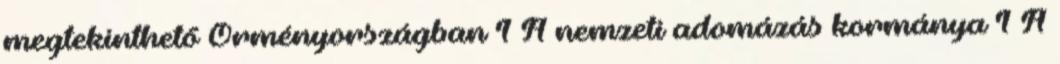
megtekinthető Örményországban 1 A nemzeti adomázás kormánya 1 A